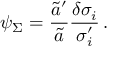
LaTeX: \psi _ { \Sigma } = { \frac { \widetilde { a } ^ { \prime } } { \widetilde { a } } } { \frac { \delta \sigma _ { i } } { \sigma _ { i } ^ { \prime } } } \, .